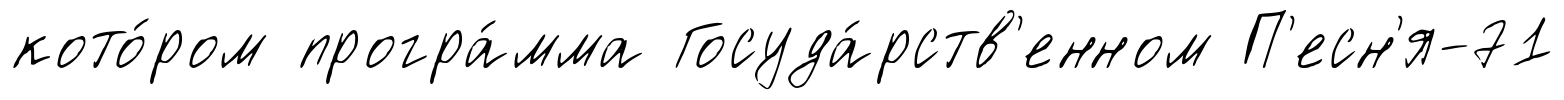
кото́ром програ́мма Госуда́рств'енном П'есн'я-71